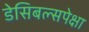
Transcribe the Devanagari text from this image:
डेसिबल्सपेक्षा